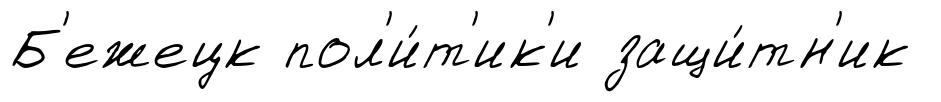
Б'ежецк пол'и́т'ик'и защи́тн'ик